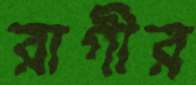
রাগীর